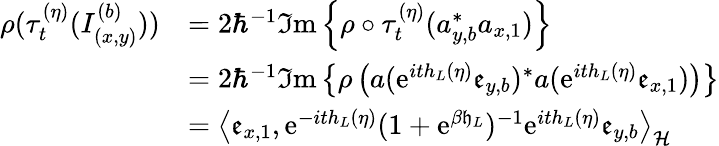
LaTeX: \begin{array}{rl}{\rho(\tau_{t}^{(\eta)}(I_{(x,y)}^{(b)}))}&{=2\hbar^{-1}\Im\mathrm{m}\left\{ \rho\circ\tau_{t}^{(\eta)}(a_{y,b}^{\ast}a_{x,1})\right\} }\\ &{=2\hbar^{-1}\Im\mathrm{m}\left\{ \rho\left(a(\mathrm{e}^{ith_{L}\left(\eta\right)}\mathfrak{e}_{y,b})^{\ast}a(\mathrm{e}^{ith_{L}\left(\eta\right)}\mathfrak{e}_{x,1})\right)\right\} }\\ &{=\left\langle\mathfrak{e}_{x,1},\mathrm{e}^{-ith_{L}\left(\eta\right)}(1+\mathrm{e}^{\beta\mathfrak{h}_{L}})^{-1}\mathrm{e}^{ith_{L}\left(\eta\right)}\mathfrak{e}_{y,b}\right\rangle_{\mathcal{H}}}\end{array}